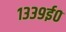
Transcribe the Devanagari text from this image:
१३३९ई०